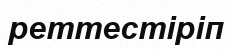
реттестіріп